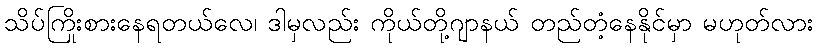
သိပ်ကြိုးစားနေရတယ်လေ၊ ဒါမှလည်း ကိုယ်တို့ဂျာနယ် တည်တံ့နေနိုင်မှာ မဟုတ်လား